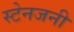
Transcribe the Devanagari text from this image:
स्टेनजनी